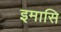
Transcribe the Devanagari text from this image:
इमासि